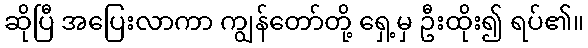
ဆိုပြီ အပြေးလာကာ ကျွန်တော်တို့ ရှေ့မှ ဦးထိုး၍ ရပ်၏။